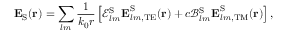
\boldsymbol { \mathbf { E } } _ { \mathrm { S } } ( \boldsymbol { \mathbf { r } } ) = \sum _ { l m } \frac { 1 } { k _ { 0 } r } \left[ \mathcal { E } _ { l m } ^ { \mathrm { S } } \boldsymbol { \mathbf { E } } _ { l m , \mathrm { T E } } ^ { \mathrm { S } } ( \boldsymbol { \mathbf { r } } ) + c \mathcal { B } _ { l m } ^ { \mathrm { S } } \boldsymbol { \mathbf { E } } _ { l m , \mathrm { T M } } ^ { \mathrm { S } } ( \boldsymbol { \mathbf { r } } ) \right] ,